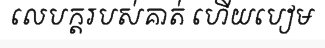
លេបក្តរបស់គាត់ ហើយបៀម